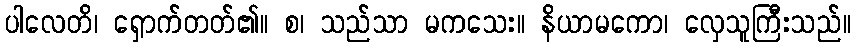
ပါလေတိ၊ ရှောက်တတ်၏။ စ၊ သည်သာ မကသေး။ နိယာမကော၊ လှေသူကြီးသည်။